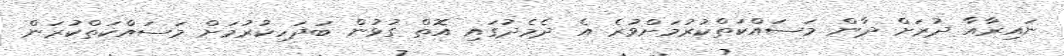
ނައިރާއާ ދުރަށް ދާން މަސައްކަތްކުރުމަށްވުރެ އެ ދެމެދުގައި އޮތް ގުޅުން ބަދަހިކުރުމަށް މަސައްކަތްކުރަން